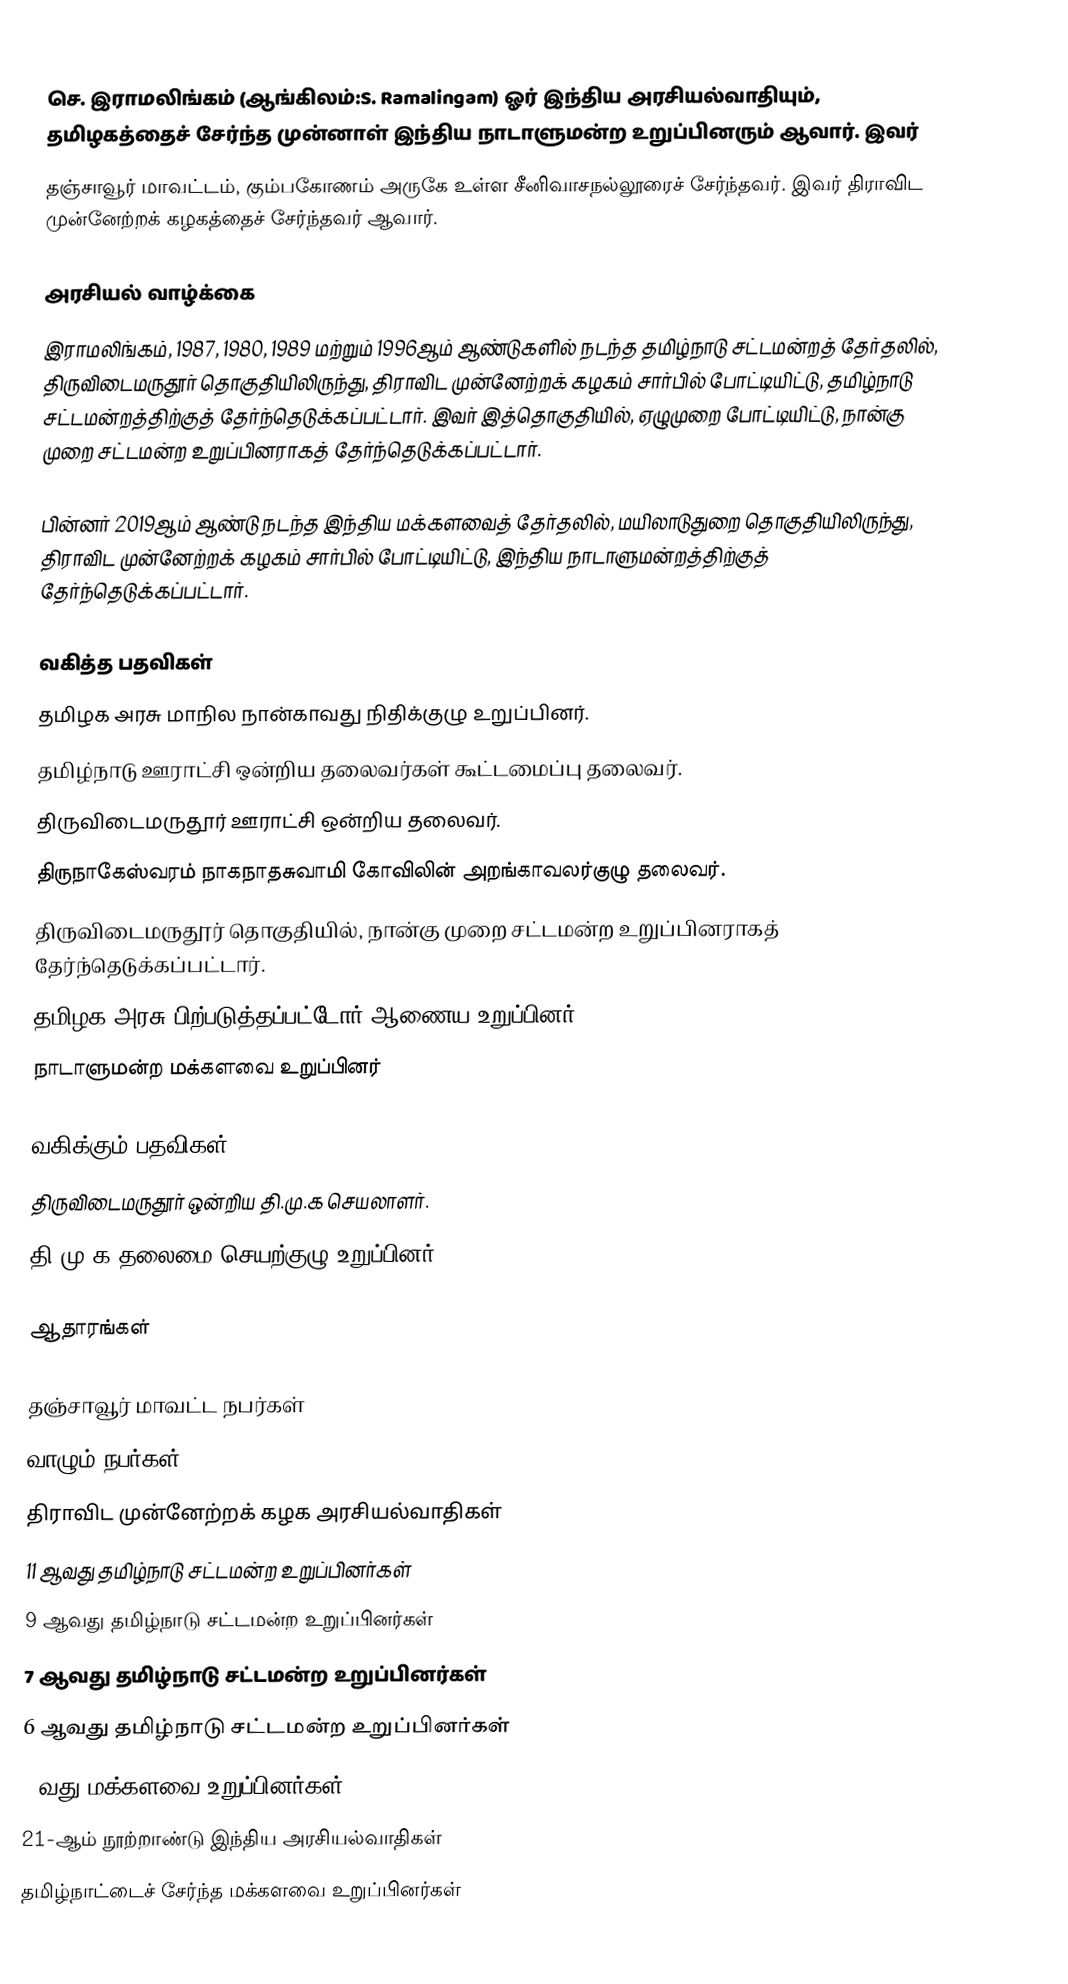
செ. இராமலிங்கம் (ஆங்கிலம்:S. Ramalingam) ஓர் இந்திய அரசியல்வாதியும், தமிழகத்தைச் சேர்ந்த முன்னாள் இந்திய நாடாளுமன்ற உறுப்பினரும் ஆவார். இவர்
தஞ்சாவூர் மாவட்டம், கும்பகோணம் அருகே உள்ள சீனிவாசநல்லூரைச் சேர்ந்தவர். இவர் திராவிட முன்னேற்றக் கழகத்தைச் சேர்ந்தவர் ஆவார்.

அரசியல் வாழ்க்கை
இராமலிங்கம், 1987, 1980, 1989 மற்றும் 1996ஆம் ஆண்டுகளில் நடந்த தமிழ்நாடு சட்டமன்றத் தேர்தலில், திருவிடைமருதூர் தொகுதியிலிருந்து, திராவிட முன்னேற்றக் கழகம் சார்பில் போட்டியிட்டு, தமிழ்நாடு சட்டமன்றத்திற்குத் தேர்ந்தெடுக்கப்பட்டார். இவர் இத்தொகுதியில், ஏழுமுறை போட்டியிட்டு, நான்கு முறை சட்டமன்ற உறுப்பினராகத் தேர்ந்தெடுக்கப்பட்டார்.

பின்னர் 2019ஆம் ஆண்டு நடந்த இந்திய மக்களவைத் தேர்தலில், மயிலாடுதுறை தொகுதியிலிருந்து, திராவிட முன்னேற்றக் கழகம் சார்பில் போட்டியிட்டு, இந்திய நாடாளுமன்றத்திற்குத் தேர்ந்தெடுக்கப்பட்டார்.

வகித்த பதவிகள்
 தமிழக அரசு மாநில நான்காவது நிதிக்குழு உறுப்பினர்.
 தமிழ்நாடு ஊராட்சி ஒன்றிய தலைவர்கள் கூட்டமைப்பு தலைவர்.
 திருவிடைமருதூர் ஊராட்சி ஒன்றிய தலைவர்.
 திருநாகேஸ்வரம் நாகநாதசுவாமி கோவிலின் அறங்காவலர்குழு தலைவர்.
 திருவிடைமருதூர் தொகுதியில், நான்கு முறை சட்டமன்ற உறுப்பினராகத் தேர்ந்தெடுக்கப்பட்டார்.
 தமிழக அரசு பிற்படுத்தப்பட்டோர் ஆணைய உறுப்பினர்.
 நாடாளுமன்ற மக்களவை உறுப்பினர்

வகிக்கும் பதவிகள்
 திருவிடைமருதூர் ஒன்றிய தி.மு.க செயலாளர்.
 தி.மு.க தலைமை செயற்குழு உறுப்பினர்.

ஆதாரங்கள்

தஞ்சாவூர் மாவட்ட நபர்கள்
வாழும் நபர்கள்
திராவிட முன்னேற்றக் கழக அரசியல்வாதிகள்
11 ஆவது தமிழ்நாடு சட்டமன்ற உறுப்பினர்கள்
9 ஆவது தமிழ்நாடு சட்டமன்ற உறுப்பினர்கள்
7 ஆவது தமிழ்நாடு சட்டமன்ற உறுப்பினர்கள்
6 ஆவது தமிழ்நாடு சட்டமன்ற உறுப்பினர்கள்
17வது மக்களவை உறுப்பினர்கள்
21-ஆம் நூற்றாண்டு இந்திய அரசியல்வாதிகள்
தமிழ்நாட்டைச் சேர்ந்த மக்களவை உறுப்பினர்கள்